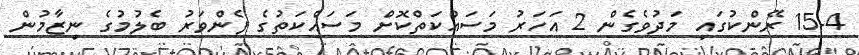
15-4 ރޭންކުގައި މަދުވެގެން 2 އަހަރު މަސައްކަތްކޮށް މަސައްކަތުގެ ފެންވަރު ބެލުމުގެ ނިޒާމުން